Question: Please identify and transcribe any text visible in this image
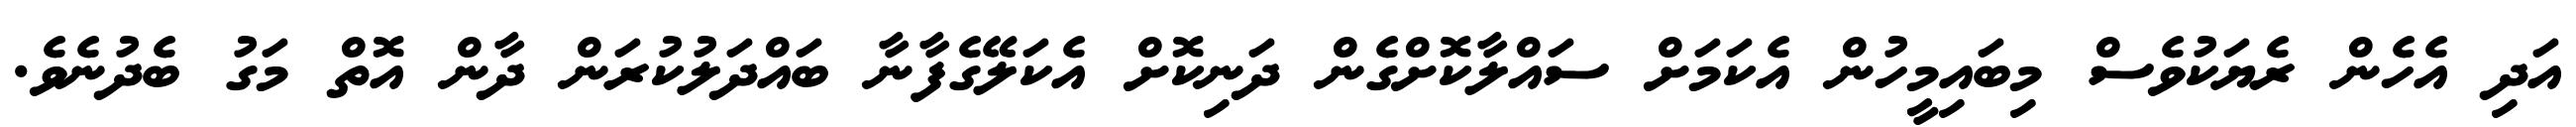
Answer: އަދި އެހެން ރެޔަކުވެސް މިބައިމީހުން އެކަމަށް ސައްލާކޮށްގެން ދަނިކޮށް އެކަލޭގެފާނާ ބައްދަލުކުރަން ދާން އޮތް މަގު ބެދުނެވެ.